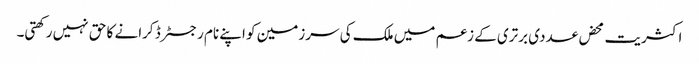
اکثریت محض عددی برتری کے زعم میں ملک کی سرزمین کو اپنے نام رجسٹرڈ کرانے کا حق نہیں رکھتی۔